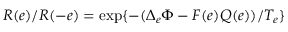
R ( { e } ) / R ( { - e } ) = \exp \{ - ( \Delta _ { e } \Phi - F ( e ) Q ( e ) ) / T _ { e } \}